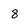
Character: 8